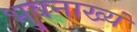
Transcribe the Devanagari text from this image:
भुवनाख्यं